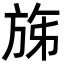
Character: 𣃩